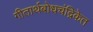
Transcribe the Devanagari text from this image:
गीतार्थबोधचंद्रिकेत